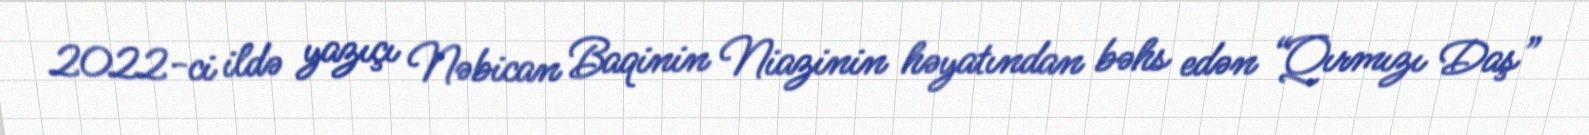
2022-ci ildə yazıçı Nəbican Baqinin Niazinin həyatından bəhs edən “Qırmızı Daş”